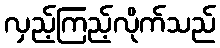
လှည့်ကြည့်လိုက်သည်